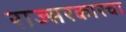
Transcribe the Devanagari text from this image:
राज्सरकारचा